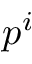
p ^ { i }